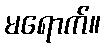
မရောက်။